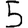
Digit: 5